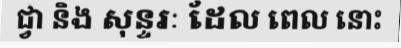
ជ្វា និង សុន្ទរៈ ដែល ពេល នោះ